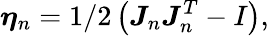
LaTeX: \boldsymbol{\eta}_{n}=1/2\left(\boldsymbol{J}_{n}\boldsymbol{J}_{n}^{T}-I\right),